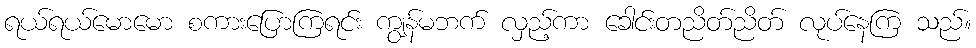
ရယ်ရယ်မောမော စကားပြောကြရင်း ကျွန်မဘက် လှည့်ကာ ခေါင်းတညိတ်ညိတ် လုပ်နေကြ သည်။